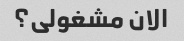
الان مشغولی؟